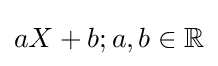
aX+b;a,b\in \mathbb {R}